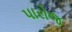
પારોજ